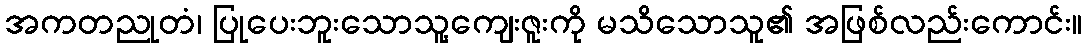
အကတညုတံ၊ ပြုပေးဘူးသောသူ့ကျေးဇူးကို မသိသောသူ၏ အဖြစ်လည်းကောင်း။